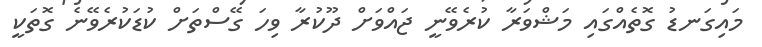
މައިގަނޑު ގޮތެއްގައި މަޝްވަރާ ކުރެވޭނީ ޖައްވަށް ދޫކުރާ ވިހަ ގޭސްތަށް ކުޑަކުރެވޭނެ ގޮތަކީ